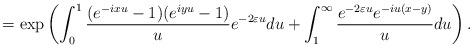
LaTeX: \begin{align*}=\exp\left(\int_0^1 \frac{(e^{-ixu}-1)(e^{iyu}-1)}{u}e^{-2\varepsilon u}du+\int_1^\infty \frac{e^{-2\varepsilon u}e^{-iu(x-y)}}{u}du\right).\end{align*}